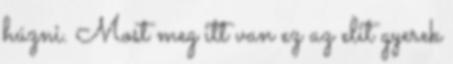
húzni. Most meg itt van ez az elit gyerek